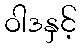
ဝါဒနှင့်